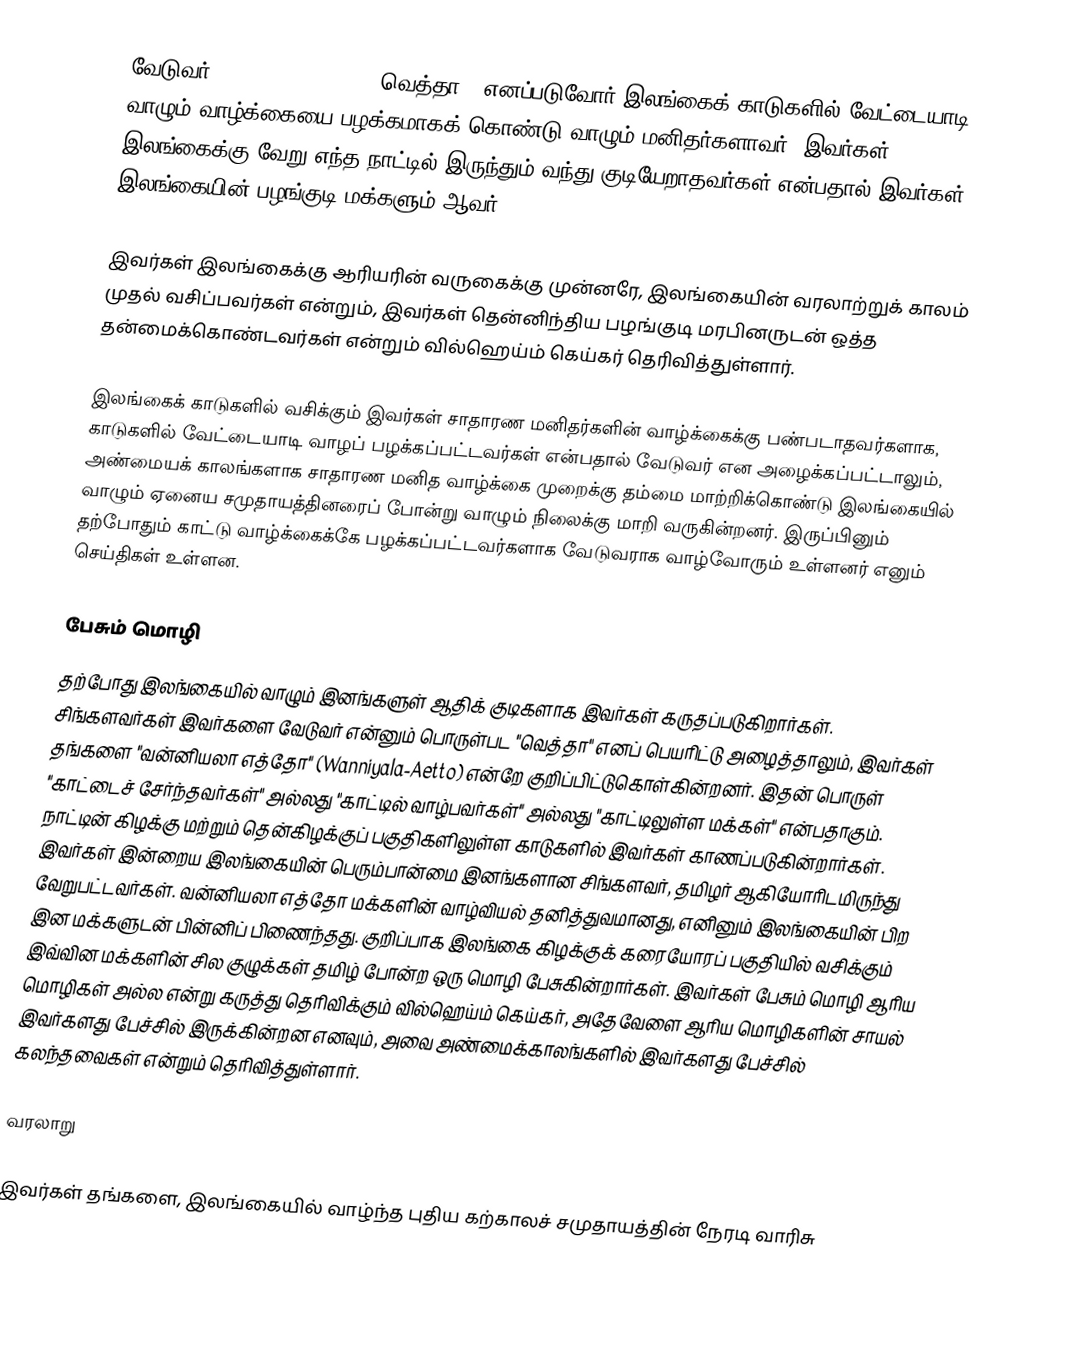
வேடுவர் (Veddas, Veddahs, , வெத்தா), எனப்படுவோர் இலங்கைக் காடுகளில் வேட்டையாடி வாழும் வாழ்க்கையை பழக்கமாகக் கொண்டு வாழும் மனிதர்களாவர். இவர்கள் இலங்கைக்கு வேறு எந்த நாட்டில் இருந்தும் வந்து குடியேறாதவர்கள் என்பதால் இவர்கள் இலங்கையின் பழங்குடி மக்களும் ஆவர்.

இவர்கள் இலங்கைக்கு ஆரியரின் வருகைக்கு முன்னரே, இலங்கையின் வரலாற்றுக் காலம் முதல் வசிப்பவர்கள் என்றும், இவர்கள் தென்னிந்திய பழங்குடி மரபினருடன் ஒத்த தன்மைக்கொண்டவர்கள் என்றும் வில்ஹெய்ம் கெய்கர் தெரிவித்துள்ளார்.

இலங்கைக் காடுகளில் வசிக்கும் இவர்கள் சாதாரண மனிதர்களின் வாழ்க்கைக்கு பண்படாதவர்களாக, காடுகளில் வேட்டையாடி வாழப் பழக்கப்பட்டவர்கள் என்பதால் வேடுவர் என அழைக்கப்பட்டாலும், அண்மையக் காலங்களாக சாதாரண மனித வாழ்க்கை முறைக்கு தம்மை மாற்றிக்கொண்டு இலங்கையில் வாழும் ஏனைய சமுதாயத்தினரைப் போன்று வாழும் நிலைக்கு மாறி வருகின்றனர். இருப்பினும் தற்போதும் காட்டு வாழ்க்கைக்கே பழக்கப்பட்டவர்களாக வேடுவராக வாழ்வோரும் உள்ளனர் எனும் செய்திகள் உள்ளன.

பேசும் மொழி
தற்போது இலங்கையில் வாழும் இனங்களுள் ஆதிக் குடிகளாக இவர்கள் கருதப்படுகிறார்கள். சிங்களவர்கள் இவர்களை வேடுவர் என்னும் பொருள்பட "வெத்தா" எனப் பெயரிட்டு அழைத்தாலும், இவர்கள் தங்களை "வன்னியலா எத்தோ" (Wanniyala-Aetto) என்றே குறிப்பிட்டுகொள்கின்றனர். இதன் பொருள் "காட்டைச் சேர்ந்தவர்கள்" அல்லது "காட்டில் வாழ்பவர்கள்" அல்லது "காட்டிலுள்ள மக்கள்" என்பதாகும். நாட்டின் கிழக்கு மற்றும் தென்கிழக்குப் பகுதிகளிலுள்ள காடுகளில் இவர்கள் காணப்படுகின்றார்கள். இவர்கள் இன்றைய இலங்கையின் பெரும்பான்மை இனங்களான சிங்களவர், தமிழர் ஆகியோரிடமிருந்து வேறுபட்டவர்கள். வன்னியலா எத்தோ மக்களின் வாழ்வியல் தனித்துவமானது, எனினும் இலங்கையின் பிற இன மக்களுடன் பின்னிப் பிணைந்தது. குறிப்பாக இலங்கை கிழக்குக் கரையோரப் பகுதியில் வசிக்கும் இவ்வின மக்களின் சில குழுக்கள் தமிழ் போன்ற ஒரு மொழி பேசுகின்றார்கள். இவர்கள் பேசும் மொழி ஆரிய மொழிகள் அல்ல என்று கருத்து தெரிவிக்கும் வில்ஹெய்ம் கெய்கர், அதேவேளை ஆரிய மொழிகளின் சாயல் இவர்களது பேச்சில் இருக்கின்றன எனவும், அவை அண்மைக்காலங்களில் இவர்களது பேச்சில் கலந்தவைகள் என்றும் தெரிவித்துள்ளார்.

வரலாறு

இவர்கள் தங்களை, இலங்கையில் வாழ்ந்த புதிய கற்காலச் சமுதாயத்தின் நேரடி வாரிசு